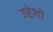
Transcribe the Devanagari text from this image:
उद्देशो